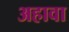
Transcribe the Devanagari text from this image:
अहावा